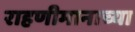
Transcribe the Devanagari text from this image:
राहणीमानाच्या